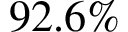
9 2 . 6 \%